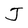
Character: J